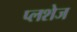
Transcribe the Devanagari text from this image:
प्लशेज